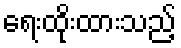
ရေးထိုးထားသည့်